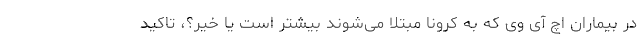
در بیماران اچ آی وی که به کرونا مبتلا می‌شوند بیشتر است یا خیر؟، تاکید